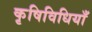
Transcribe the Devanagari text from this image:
कृषिविधियाँ